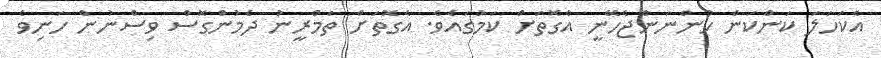
އެކަހަލަ ކަންކަން ހުންނަންޖެހޭނީ އެގޮތަށް ކަމުގައެވެ. އެގޮތަށް ތަމްރީނު ދެމުންގޮސް ވިސްނުން ހަނިވެ